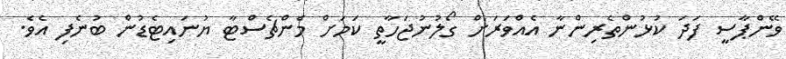
ވޭންޕާސީ ފަދަ ކުޅުންތެރިންނާ އެއްވަރަށް ގޯލުނުޖަހާތީ ކަމަށް މެންޗެސްޓާ ޔުނައިޓެޑުން ބުނެފި އެވެ.